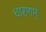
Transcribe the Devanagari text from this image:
धारणम्